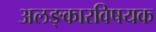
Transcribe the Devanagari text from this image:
अलङ्कारविषयक